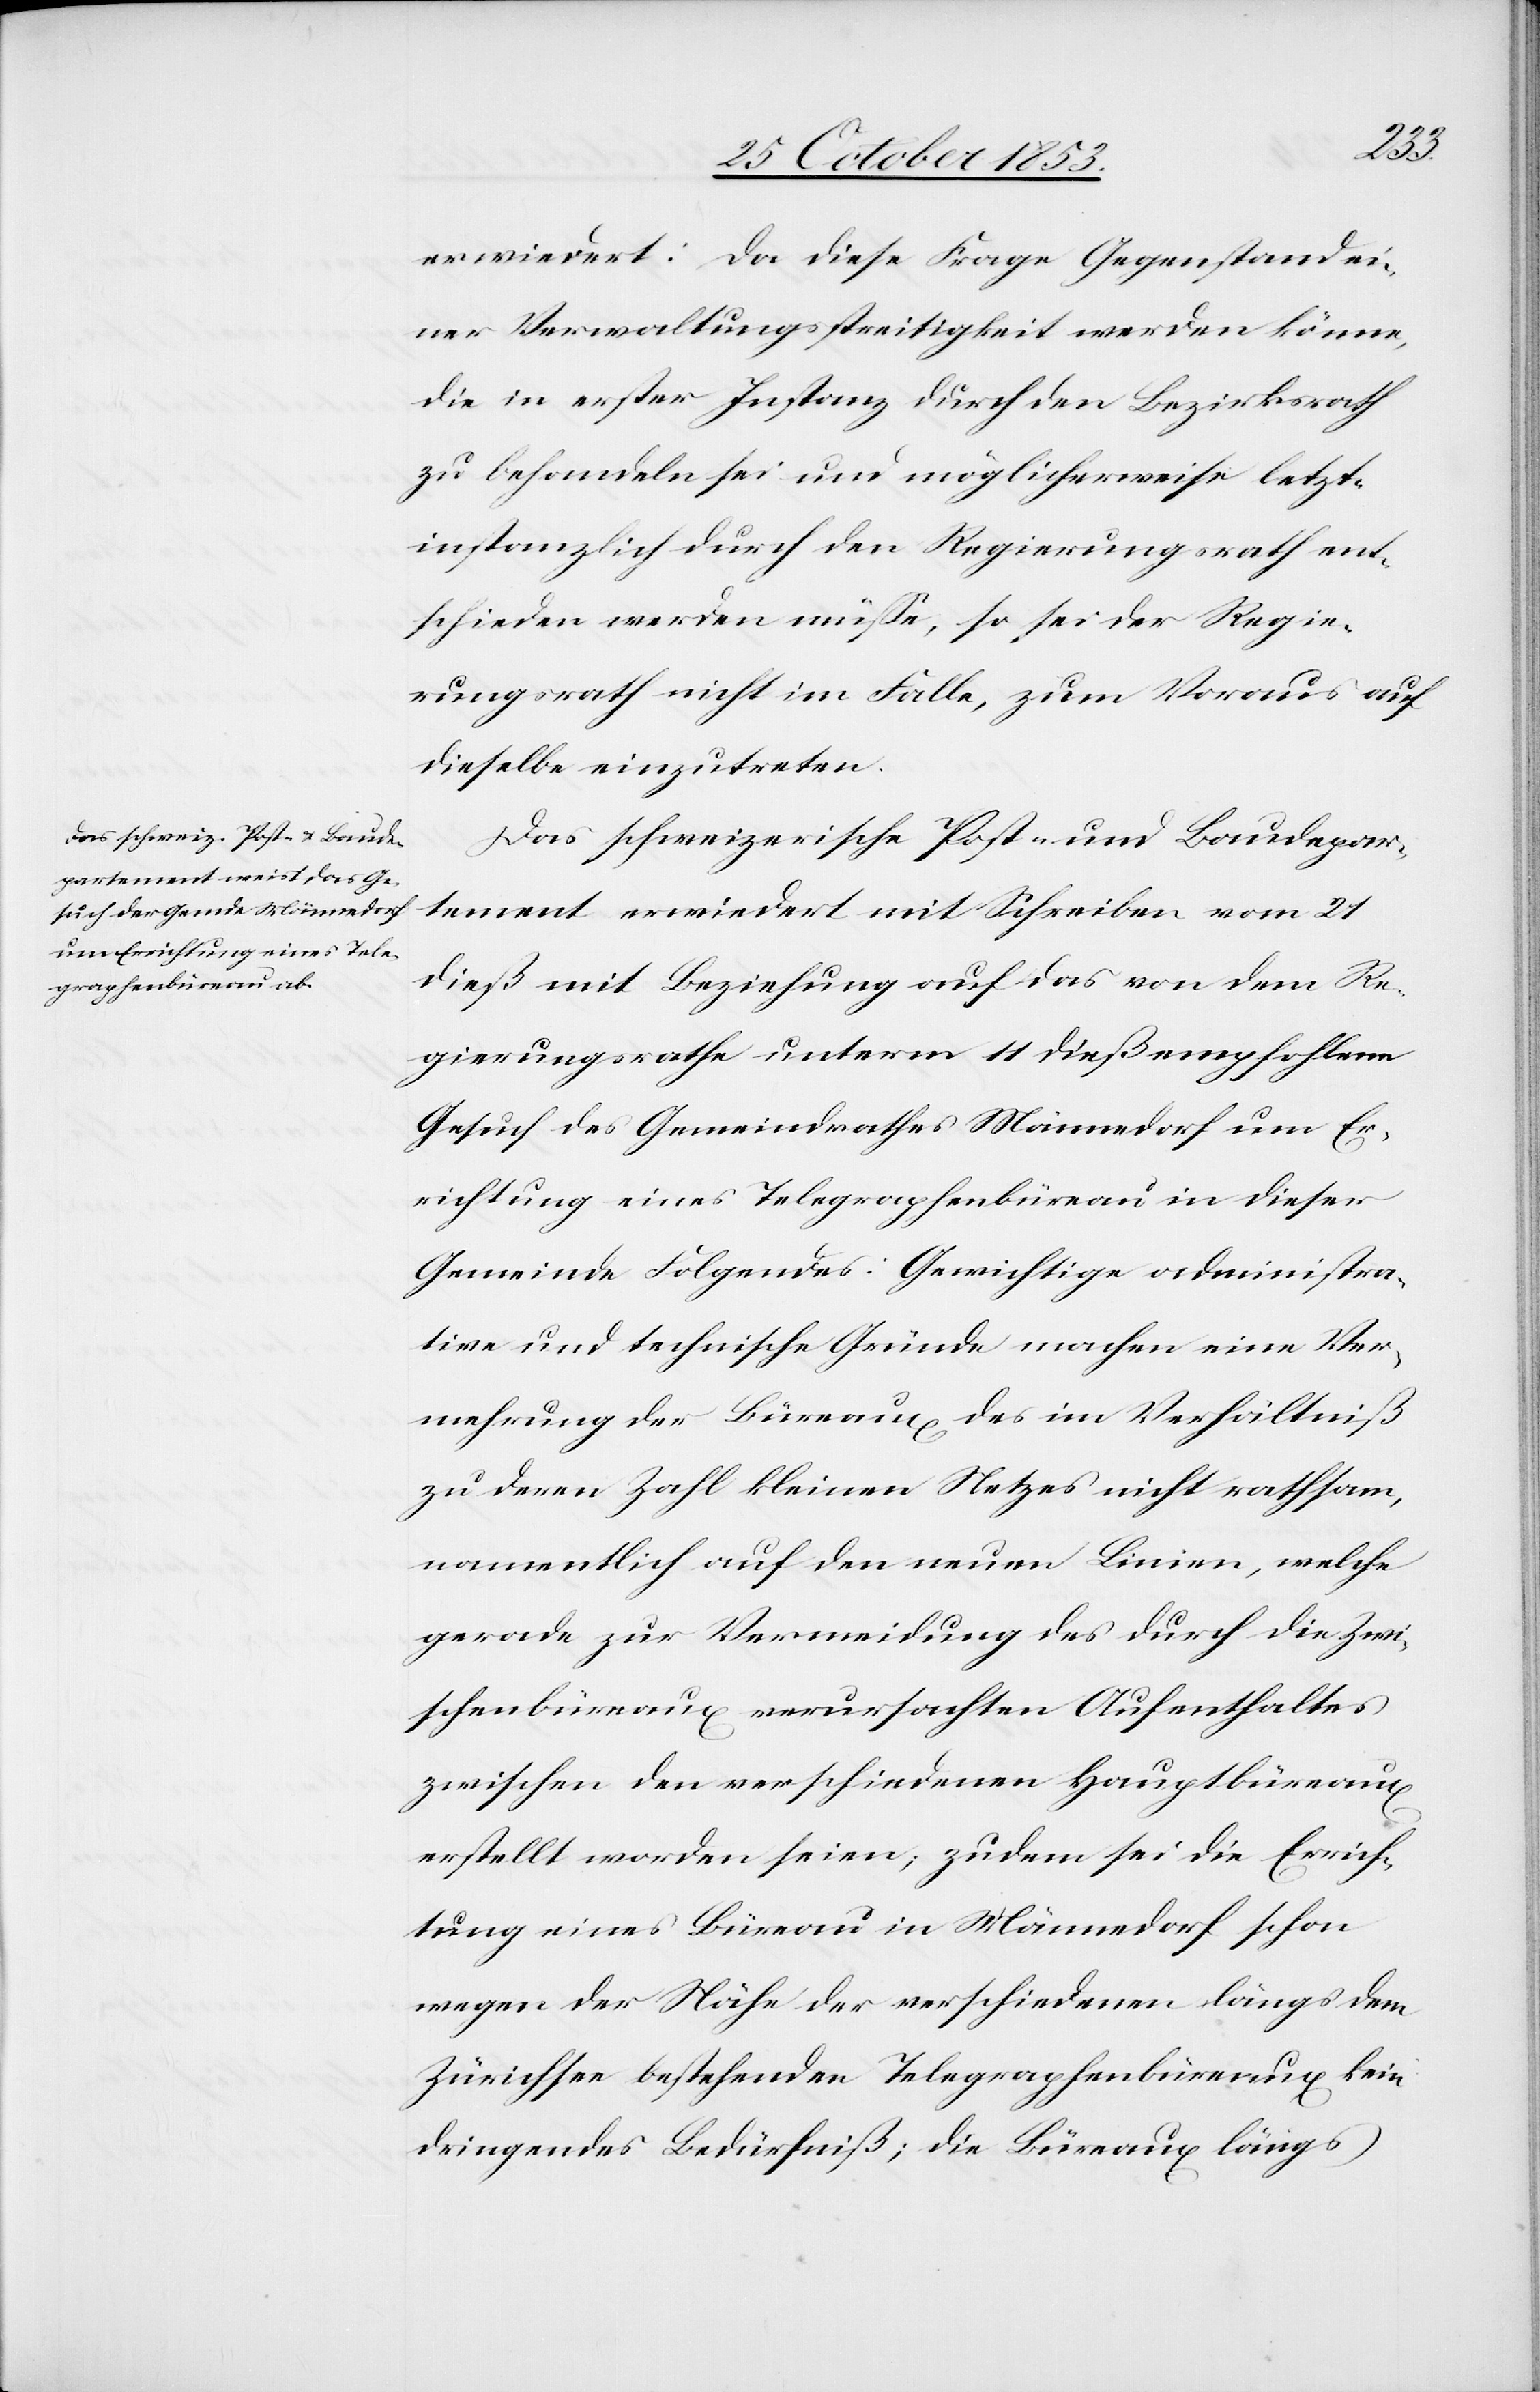
erwiedert: Da diese Frage Gegenstand ei¬
ner Verwaltungsstreitigkeit werden könne,
die in erster Instanz durch den Bezirksrath
zu behandeln sei und möglicherweise letzt¬
instanzlich durch den Regierungsrath ent¬
schieden werden müße, so sei der Regie¬
rungsrath nicht im Falle, zum Voraus auf
dieselbe einzutreten.
Das schweizerische Post- und Baudepar¬
tement erwiedert mit Schreiben vom 21
dieß mit Beziehung auf das von dem Re¬
gierungsrathe unterm 11 dieß empfohlene
Gesuch des Gemeindrathes Männedorf um Er¬
richtung eines Telegraphenbüreau in dieser
Gemeinde Folgendes: Gewichtige administra¬
tive und technische Gründe machen eine Ver¬
mehrung der Büreaux des im Verhältniß
zu deren Zahl kleinern Netzes nicht rathsam,
namentlich auf den neuen Linien, welche
gerade zur Vermeidung des durch die Zwi¬
schenbüreaux verursachten Aufenthaltes
zwischen den verschiedenen Hauptbüreaux
erstellt worden seien; zu dem sei die Errich¬
tung eines Büreau in Männedorf schon
wegen der Nähe der verschiedenen längs dem
Zürichsee bestehenden Telegraphenbüreaux kein
dringendes Bedürfniß; die Büreaux längs